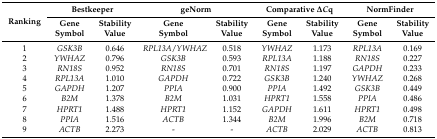
<table><thead><tr><td rowspan="2"><b>Ranking</b></td><td colspan="2"><b>Bestkeeper</b></td><td colspan="2"><b>geNorm</b></td><td colspan="2"><b>Comparative Δ<i>C</i>q</b></td><td colspan="2"><b>NormFinder</b></td></tr><tr><td><b>Gene Symbol</b></td><td><b>Stability Value</b></td><td><b>Gene Symbol</b></td><td><b>Stability Value</b></td><td><b>Gene Symbol</b></td><td><b>Stability Value</b></td><td><b>Gene Symbol</b></td><td><b>Stability Value</b></td></tr></thead><tbody><tr><td>1</td><td><i>GSK3B</i></td><td>0.646</td><td><i>RPL13A</i>/<i>YWHAZ</i></td><td>0.518</td><td><i>YWHAZ</i></td><td>1.173</td><td><i>RPL13A</i></td><td>0.169</td></tr><tr><td>2</td><td><i>YWHAZ</i></td><td>0.796</td><td><i>GSK3B</i></td><td>0.593</td><td><i>RPL13A</i></td><td>1.188</td><td><i>RN18S</i></td><td>0.227</td></tr><tr><td>3</td><td><i>RN18S</i></td><td>0.952</td><td><i>RN18S</i></td><td>0.701</td><td><i>RN18S</i></td><td>1.197</td><td><i>GAPDH</i></td><td>0.233</td></tr><tr><td>4</td><td><i>RPL13A</i></td><td>1.010</td><td><i>GAPDH</i></td><td>0.722</td><td><i>GSK3B</i></td><td>1.240</td><td><i>YWHAZ</i></td><td>0.268</td></tr><tr><td>5</td><td><i>GAPDH</i></td><td>1.207</td><td><i>PPIA</i></td><td>0.900</td><td><i>PPIA</i></td><td>1.492</td><td><i>GSK3B</i></td><td>0.449</td></tr><tr><td>6</td><td><i>B2M</i></td><td>1.378</td><td><i>B2M</i></td><td>1.031</td><td><i>HPRT1</i></td><td>1.558</td><td><i>PPIA</i></td><td>0.486</td></tr><tr><td>7</td><td><i>HPRT1</i></td><td>1.488</td><td><i>HPRT1</i></td><td>1.152</td><td><i>GAPDH</i></td><td>1.611</td><td><i>HPRT1</i></td><td>0.498</td></tr><tr><td>8</td><td><i>PPIA</i></td><td>1.516</td><td><i>ACTB</i></td><td>1.344</td><td><i>B2M</i></td><td>1.996</td><td><i>B2M</i></td><td>0.718</td></tr><tr><td>9</td><td><i>ACTB</i></td><td>2.273</td><td>-</td><td>-</td><td><i>ACTB</i></td><td>2.029</td><td><i>ACTB</i></td><td>0.813</td></tr></tbody></table>